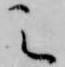
之